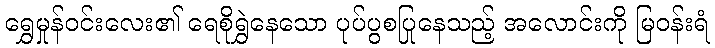
ရွှေမှုန်ဝင်းလေး၏ ရေစိုရွှဲနေသော ပုပ်ပွစပြုနေသည့် အလောင်းကို မြဝန်းရံ